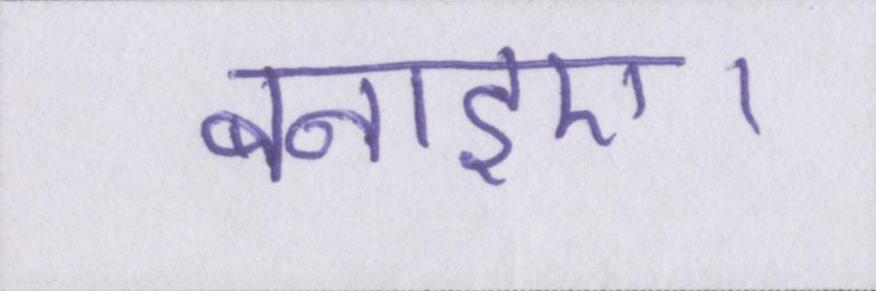
बनाइए।